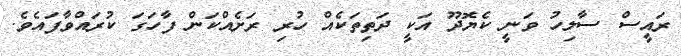
ރައީސް ސާލިހު ވަނީ ކެޔޮދޫ އަކީ ދަތިތަކެއް ހުރި ރަށެއްކަން ފާހަގަ ކުރައްވާފައެވެ.